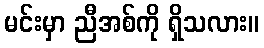
မင်းမှာ ညီအစ်ကို ရှိသလား။